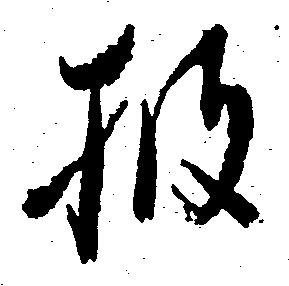
披